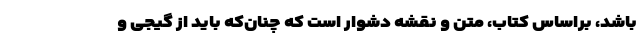
باشد، براساس کتاب، متن و نقشه دشوار است که چنان‌که باید از گیجی و